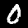
Label: 0